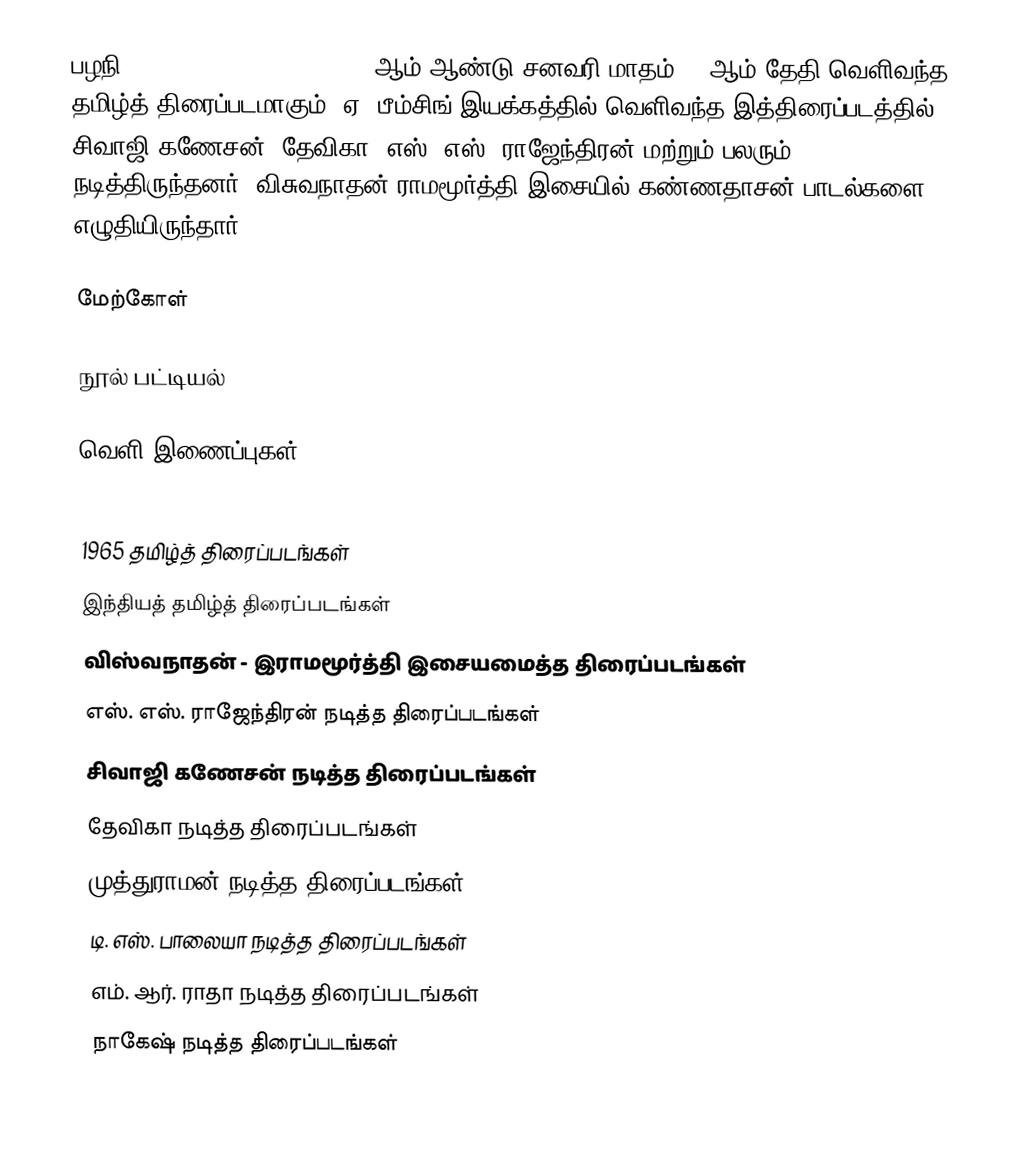
பழநி (Pazhani (1965 film)) 1965 ஆம் ஆண்டு சனவரி மாதம் 14 ஆம் தேதி வெளிவந்த தமிழ்த் திரைப்படமாகும். ஏ. பீம்சிங் இயக்கத்தில் வெளிவந்த இத்திரைப்படத்தில் சிவாஜி கணேசன், தேவிகா, எஸ். எஸ். ராஜேந்திரன் மற்றும் பலரும் நடித்திருந்தனர். விசுவநாதன் ராமமூர்த்தி இசையில்  கண்ணதாசன் பாடல்களை எழுதியிருந்தார்.

மேற்கோள்

நூல் பட்டியல்

வெளி இணைப்புகள்

1965 தமிழ்த் திரைப்படங்கள்
இந்தியத் தமிழ்த் திரைப்படங்கள்
விஸ்வநாதன் - இராமமூர்த்தி இசையமைத்த திரைப்படங்கள்
எஸ். எஸ். ராஜேந்திரன் நடித்த திரைப்படங்கள்
சிவாஜி கணேசன் நடித்த திரைப்படங்கள்
தேவிகா நடித்த திரைப்படங்கள்
முத்துராமன் நடித்த திரைப்படங்கள்
டி. எஸ். பாலையா நடித்த திரைப்படங்கள்
எம். ஆர். ராதா நடித்த திரைப்படங்கள்
நாகேஷ் நடித்த திரைப்படங்கள்